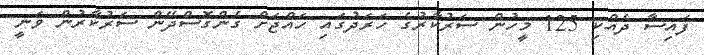
ފައިސާ ދެއްކި 125 މީހުން ސަރުކާރުގެ ހަރަދުގައި ހައްޖަށް ގެންގޮސްދޭން ސަރުކާރުން ވަނީ